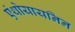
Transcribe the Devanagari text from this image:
एंथोयायनिन